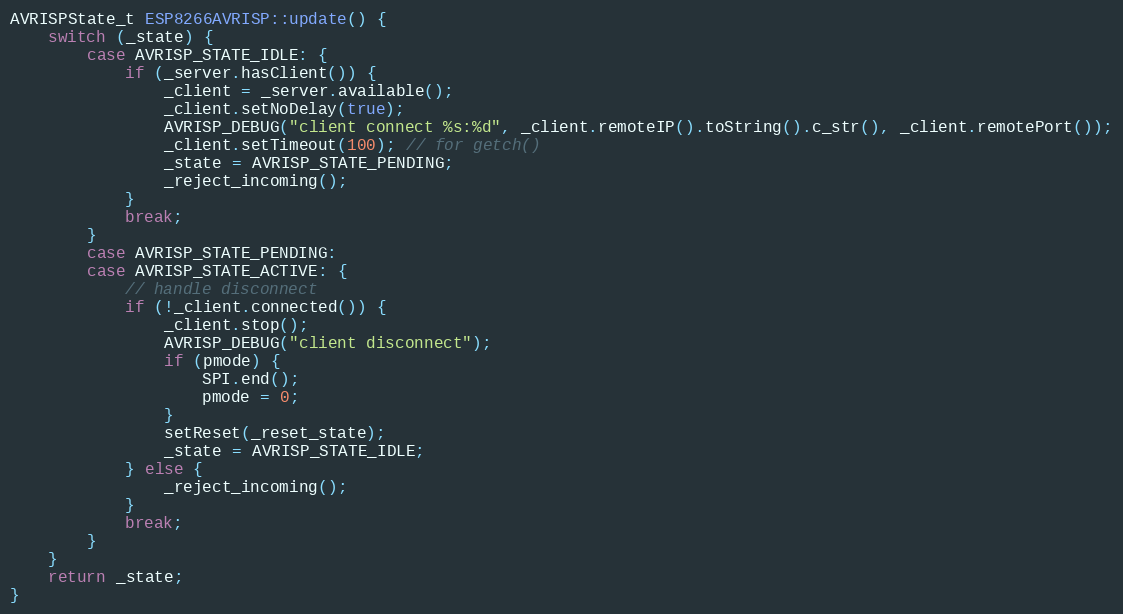
Language: C++
AVRISPState_t ESP8266AVRISP::update() {
    switch (_state) {
        case AVRISP_STATE_IDLE: {
            if (_server.hasClient()) {
                _client = _server.available();
                _client.setNoDelay(true);
                AVRISP_DEBUG("client connect %s:%d", _client.remoteIP().toString().c_str(), _client.remotePort());
                _client.setTimeout(100); // for getch()
                _state = AVRISP_STATE_PENDING;
                _reject_incoming();
            }
            break;
        }
        case AVRISP_STATE_PENDING:
        case AVRISP_STATE_ACTIVE: {
            // handle disconnect
            if (!_client.connected()) {
                _client.stop();
                AVRISP_DEBUG("client disconnect");
                if (pmode) {
                    SPI.end();
                    pmode = 0;
                }
                setReset(_reset_state);
                _state = AVRISP_STATE_IDLE;
            } else {
                _reject_incoming();
            }
            break;
        }
    }
    return _state;
}